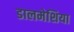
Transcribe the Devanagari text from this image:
डालमेशिया